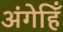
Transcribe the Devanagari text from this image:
अंगेहिँ